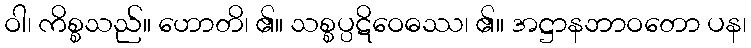
ဝါ၊ ကိစ္စသည်။ ဟောတိ၊ ၏။ သစ္စပ္ပဋိဝေဓဿ၊ ၏။ အဋ္ဌာနဘာဝတော ပန၊